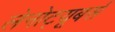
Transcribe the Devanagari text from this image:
लेनोट्यूबर्स